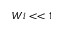
W i < < 1